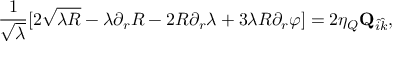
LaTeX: { \frac { 1 } { \sqrt { \lambda } } } [ 2 \sqrt { \lambda R } - \lambda \partial _ { r } R - 2 R \partial _ { r } \lambda + 3 \lambda R \partial _ { r } \varphi ] = 2 \eta _ { Q } { \bf Q } _ { \hat { i } \hat { k } } ,